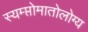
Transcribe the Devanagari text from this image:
स्यम्प्तोमातोलोग्य